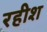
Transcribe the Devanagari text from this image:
रहीश